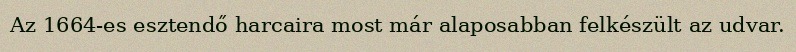
Az 1664-es esztendő harcaira most már alaposabban felkészült az udvar.